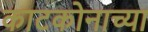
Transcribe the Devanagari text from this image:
काटकोनाच्या